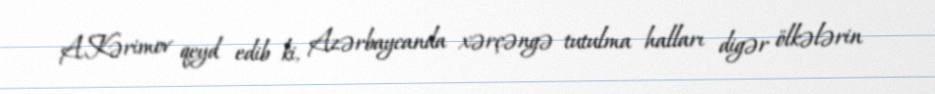
A.Kərimov qeyd edib ki, Azərbaycanda xərçəngə tutulma halları digər ölkələrin